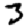
Digit: 3